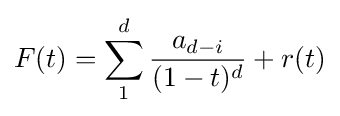
F(t)=\sum _{1}^{d}{a_{d-i} \over (1-t)^{d}}+r(t)